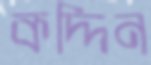
কদ্দিন